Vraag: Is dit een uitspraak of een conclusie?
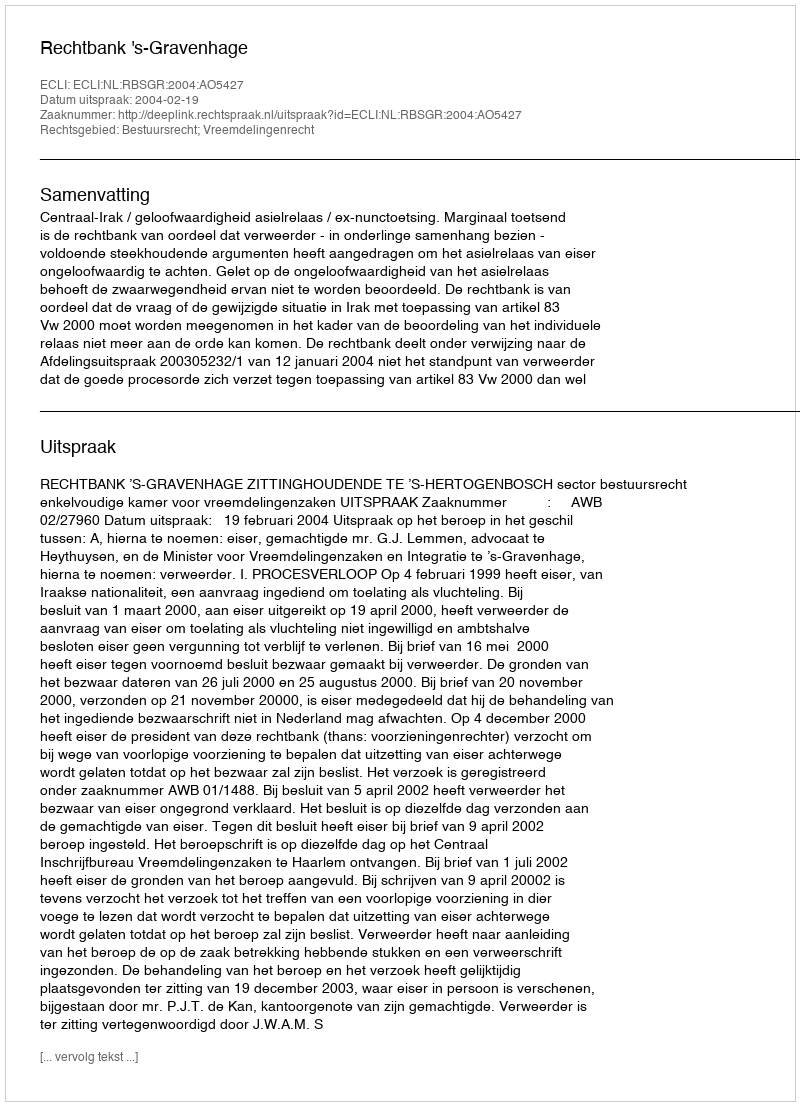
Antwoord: Uitspraak